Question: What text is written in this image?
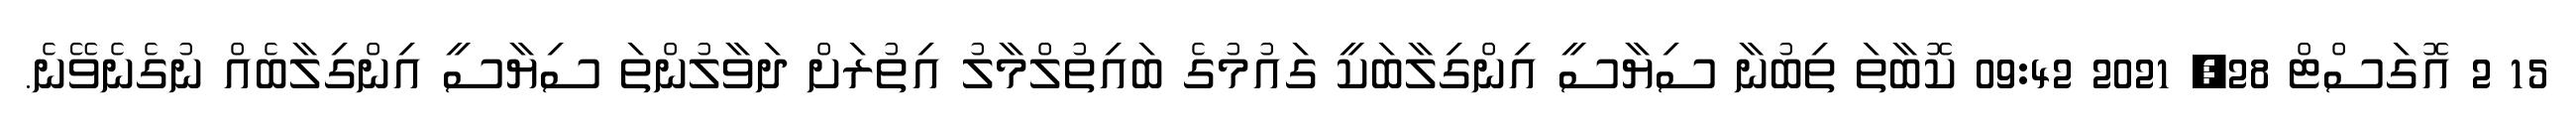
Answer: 15 2 އޮގަސްޓް 28, 2021 09:42 ކޮބާތަ ތިބުނާ ސިޔާސީ އިންގިލާބަކީ ގައުމުގެ ބައިތުލްމާލު އިތުރަށް ދަވާލުންތަ ސިޔާސީ އިންގިލާބެއް ނުގެނެވޭނެ.